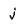
Character: j